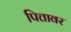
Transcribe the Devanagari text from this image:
पित्तावर